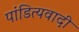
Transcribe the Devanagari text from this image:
पांडित्यवादी